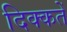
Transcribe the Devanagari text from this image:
दिक्‍कतें